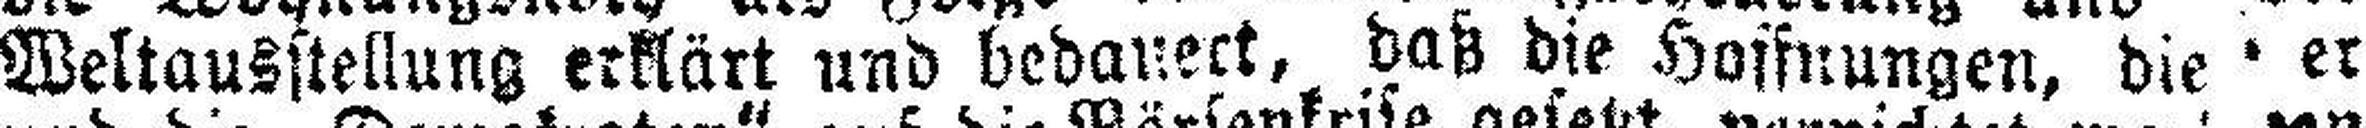
Weltausstellung erklärt und bedauect, daß die Hoffnungen, die er